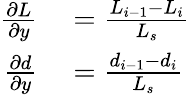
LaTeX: \begin{array}{rl}{\frac{\partial L}{\partial y}}&{{}=\frac{L_{i-1}-L_{i}}{L_{s}}}\\ {\frac{\partial d}{\partial y}}&{{}=\frac{d_{i-1}-d_{i}}{L_{s}}}\end{array}